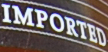
IMPORTED